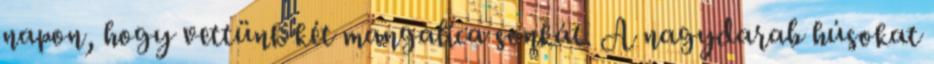
napon, hogy vettünk két mangalica sonkát. A nagydarab húsokat